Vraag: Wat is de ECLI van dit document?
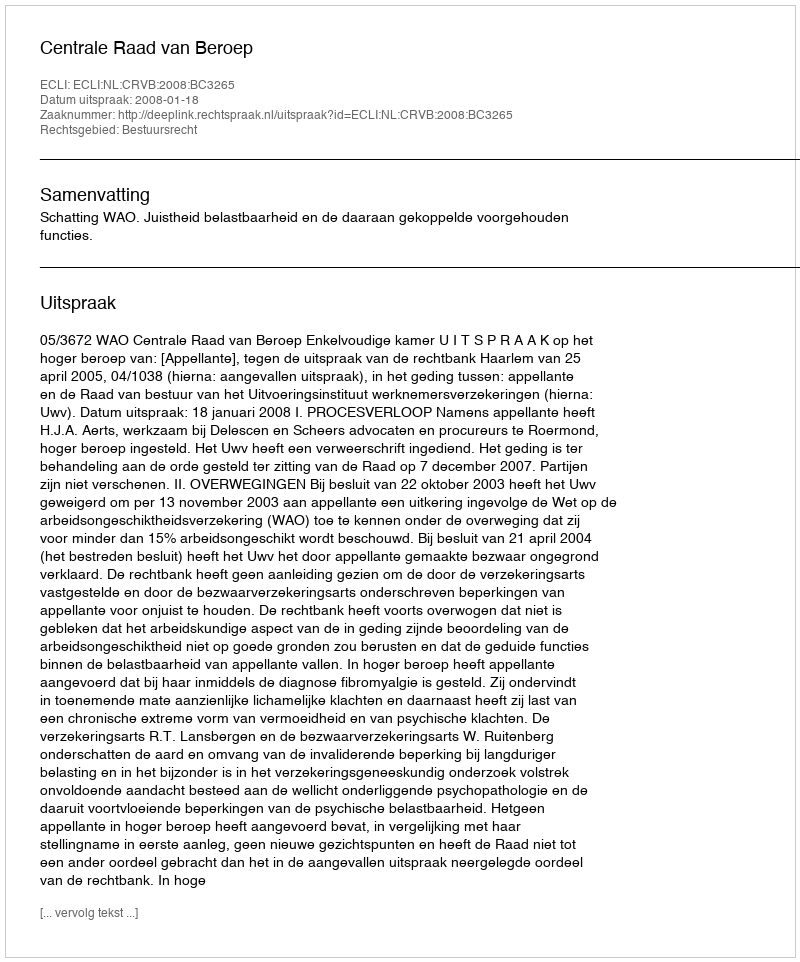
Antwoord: ECLI:NL:CRVB:2008:BC3265